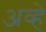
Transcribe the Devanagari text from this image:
अव्हे